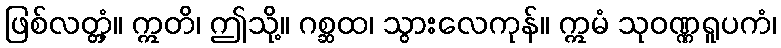
ဖြစ်လတ္တံ့။ ဣတိ၊ ဤသို့။ ဂစ္ဆထ၊ သွားလေကုန်။ ဣမံ သုဝဏ္ဏရူပကံ၊